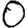
Digit: 0